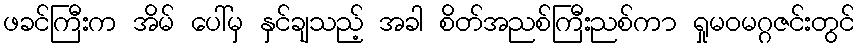
ဖခင်ကြီးက အိမ် ပေါ်မှ နှင်ချသည့် အခါ စိတ်အညစ်ကြီးညစ်ကာ ရှုမဝမဂ္ဂဇင်းတွင်